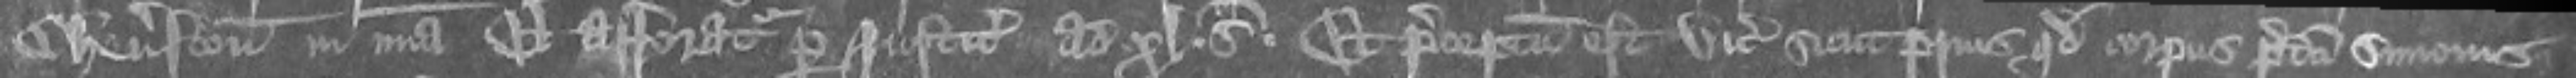
Cheneston in misericordia et afforatur per justiciariis ad xl. S. Et preceptum est vicecomiti sicut prius quod corpus predicti Simonus